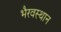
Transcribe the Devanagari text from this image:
भैरवस्थान